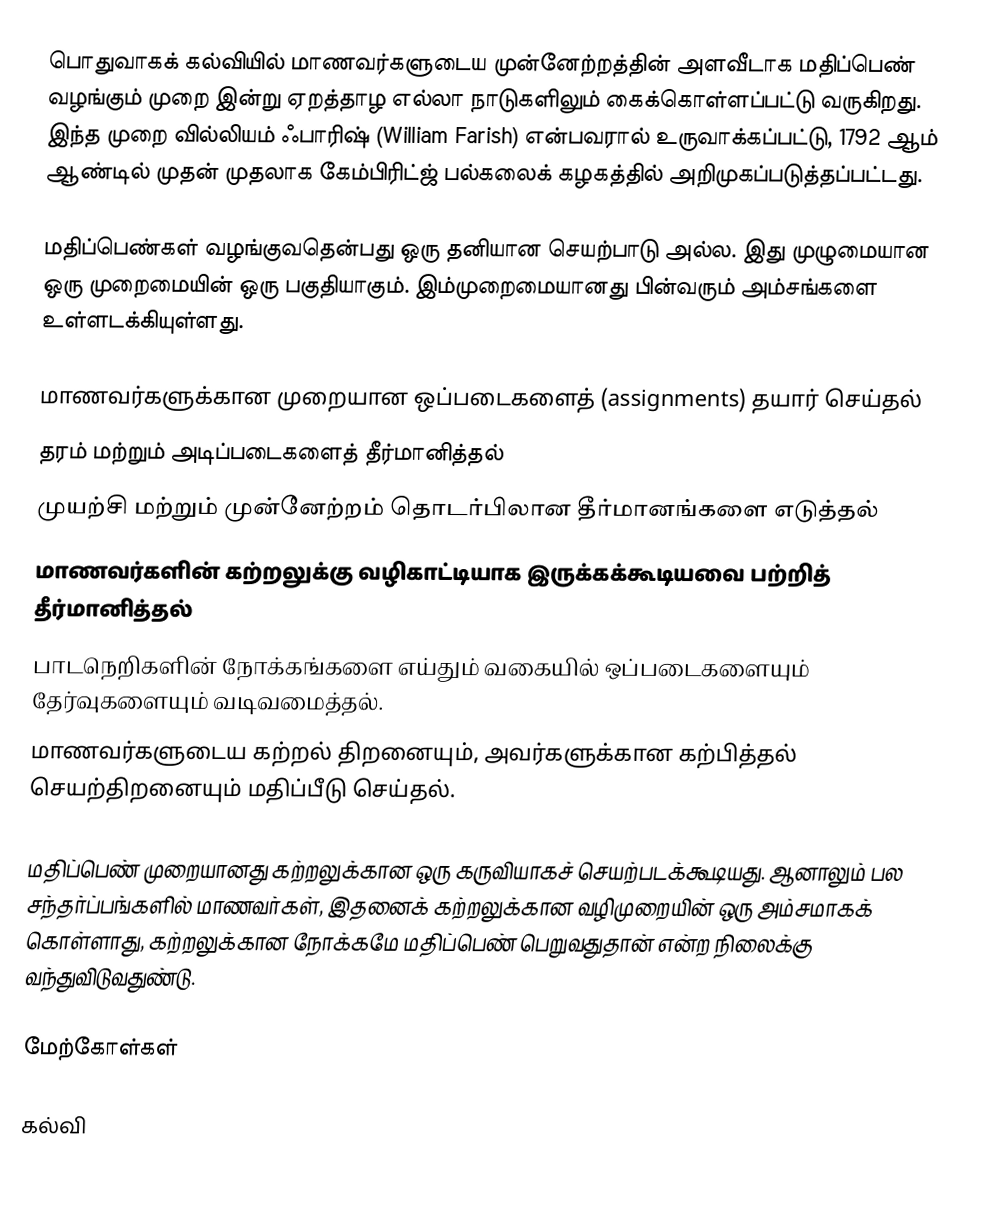
பொதுவாகக் கல்வியில் மாணவர்களுடைய முன்னேற்றத்தின் அளவீடாக மதிப்பெண் வழங்கும் முறை இன்று ஏறத்தாழ எல்லா நாடுகளிலும் கைக்கொள்ளப்பட்டு வருகிறது. இந்த முறை வில்லியம் ஃபாரிஷ் (William Farish) என்பவரால் உருவாக்கப்பட்டு, 1792 ஆம் ஆண்டில் முதன் முதலாக கேம்பிரிட்ஜ் பல்கலைக் கழகத்தில் அறிமுகப்படுத்தப்பட்டது.

மதிப்பெண்கள் வழங்குவதென்பது ஒரு தனியான செயற்பாடு அல்ல. இது முழுமையான ஒரு முறைமையின் ஒரு பகுதியாகும். இம்முறைமையானது பின்வரும் அம்சங்களை உள்ளடக்கியுள்ளது.

 மாணவர்களுக்கான முறையான ஒப்படைகளைத் (assignments) தயார் செய்தல்
 தரம் மற்றும் அடிப்படைகளைத் தீர்மானித்தல்
 முயற்சி மற்றும் முன்னேற்றம் தொடர்பிலான தீர்மானங்களை எடுத்தல்
 மாணவர்களின் கற்றலுக்கு வழிகாட்டியாக இருக்கக்கூடியவை பற்றித் தீர்மானித்தல்
 பாடநெறிகளின் நோக்கங்களை எய்தும் வகையில் ஒப்படைகளையும் தேர்வுகளையும் வடிவமைத்தல்.
 மாணவர்களுடைய கற்றல் திறனையும், அவர்களுக்கான கற்பித்தல் செயற்திறனையும் மதிப்பீடு செய்தல்.

மதிப்பெண் முறையானது கற்றலுக்கான ஒரு கருவியாகச் செயற்படக்கூடியது. ஆனாலும் பல சந்தர்ப்பங்களில் மாணவர்கள், இதனைக் கற்றலுக்கான வழிமுறையின் ஒரு அம்சமாகக் கொள்ளாது, கற்றலுக்கான நோக்கமே மதிப்பெண் பெறுவதுதான் என்ற நிலைக்கு வந்துவிடுவதுண்டு.

மேற்கோள்கள்

கல்வி